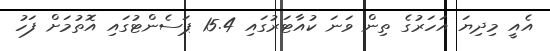
އެއީ މިދިޔަ އަހަރުގެ ތިން ވަނަ ކުއާޓަރުގައި 15.4 ޕަސެންޓުގައި އޮތުމަށް ފަހު